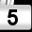
Digit: 5